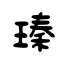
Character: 瑧